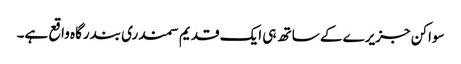
سواکن جزیرے کے ساتھ ہی ایک قدیم سمندری بندرگاہ واقع ہے۔